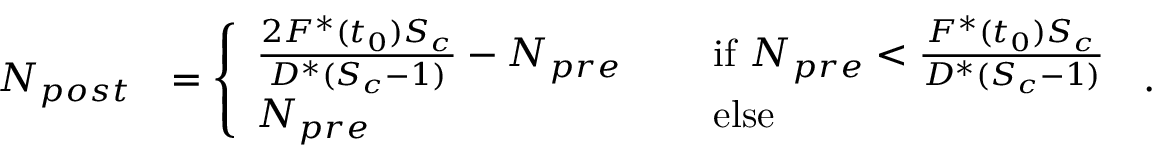
\begin{array} { r l } { N _ { p o s t } } & { = \left\{ \begin{array} { l l } { \frac { 2 F ^ { * } ( t _ { 0 } ) S _ { c } } { D ^ { * } ( S _ { c } - 1 ) } - N _ { p r e } \quad } & { \mathrm { ~ i f ~ } N _ { p r e } < \frac { F ^ { * } ( t _ { 0 } ) S _ { c } } { D ^ { * } ( S _ { c } - 1 ) } } \\ { N _ { p r e } } & { \mathrm { ~ e l s e ~ } } \end{array} \right. \, . } \end{array}